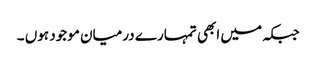
جبکہ میں ابھی تمہارے درمیان موجود ہوں ۔